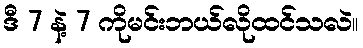
ဒီ 7 နဲ့ 7 ကိုမင်းဘယ်လိုထင်သလဲ။